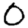
Digit: 0